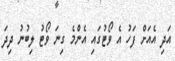
އަދި އެއަށް ފަހު އެ ވޯޓުގައި އެންމެ ގިނަ ވޯޓު ލިބުނު ދިދަ